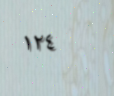
١٢٤